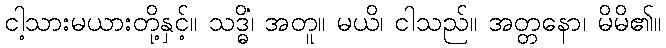
ငါ့သားမယားတို့နှင့်။ သဒ္ဓိံ၊ အတူ။ မယိ၊ ငါသည်။ အတ္တနော၊ မိမိ၏။